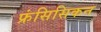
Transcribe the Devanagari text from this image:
फ्रंसिसिकन